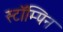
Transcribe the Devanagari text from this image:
स्टॉम्पिन